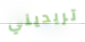
تريديني